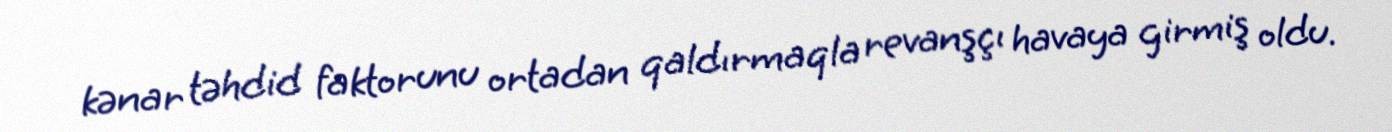
kənar təhdid faktorunu ortadan qaldırmaqla revanşçı havaya girmiş oldu.